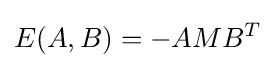
E(A,B)=-AMB^{T}